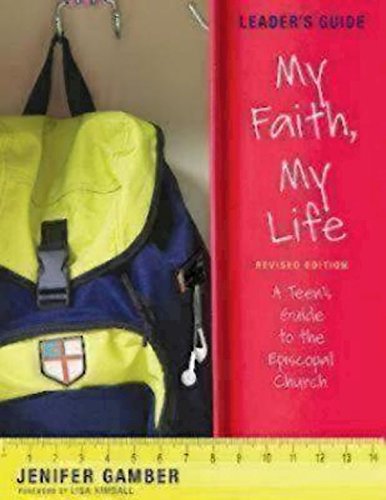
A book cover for My Faith, My Life, Leader's Guide Revised Edition: A Teen's Guide to the Episcopal Church; Jenifer Gamber; Christian Books & Bibles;